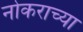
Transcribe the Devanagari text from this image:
नोकराच्या